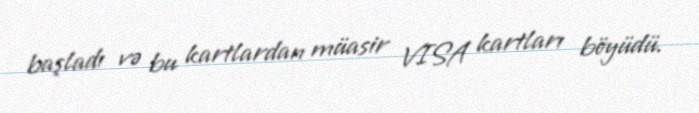
başladı və bu kartlardan müasir VISA kartları böyüdü.